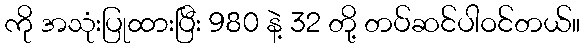
ကို အသုံးပြုထားပြီး 980 နဲ့ 32 တို့ တပ်ဆင်ပါဝင်တယ်။